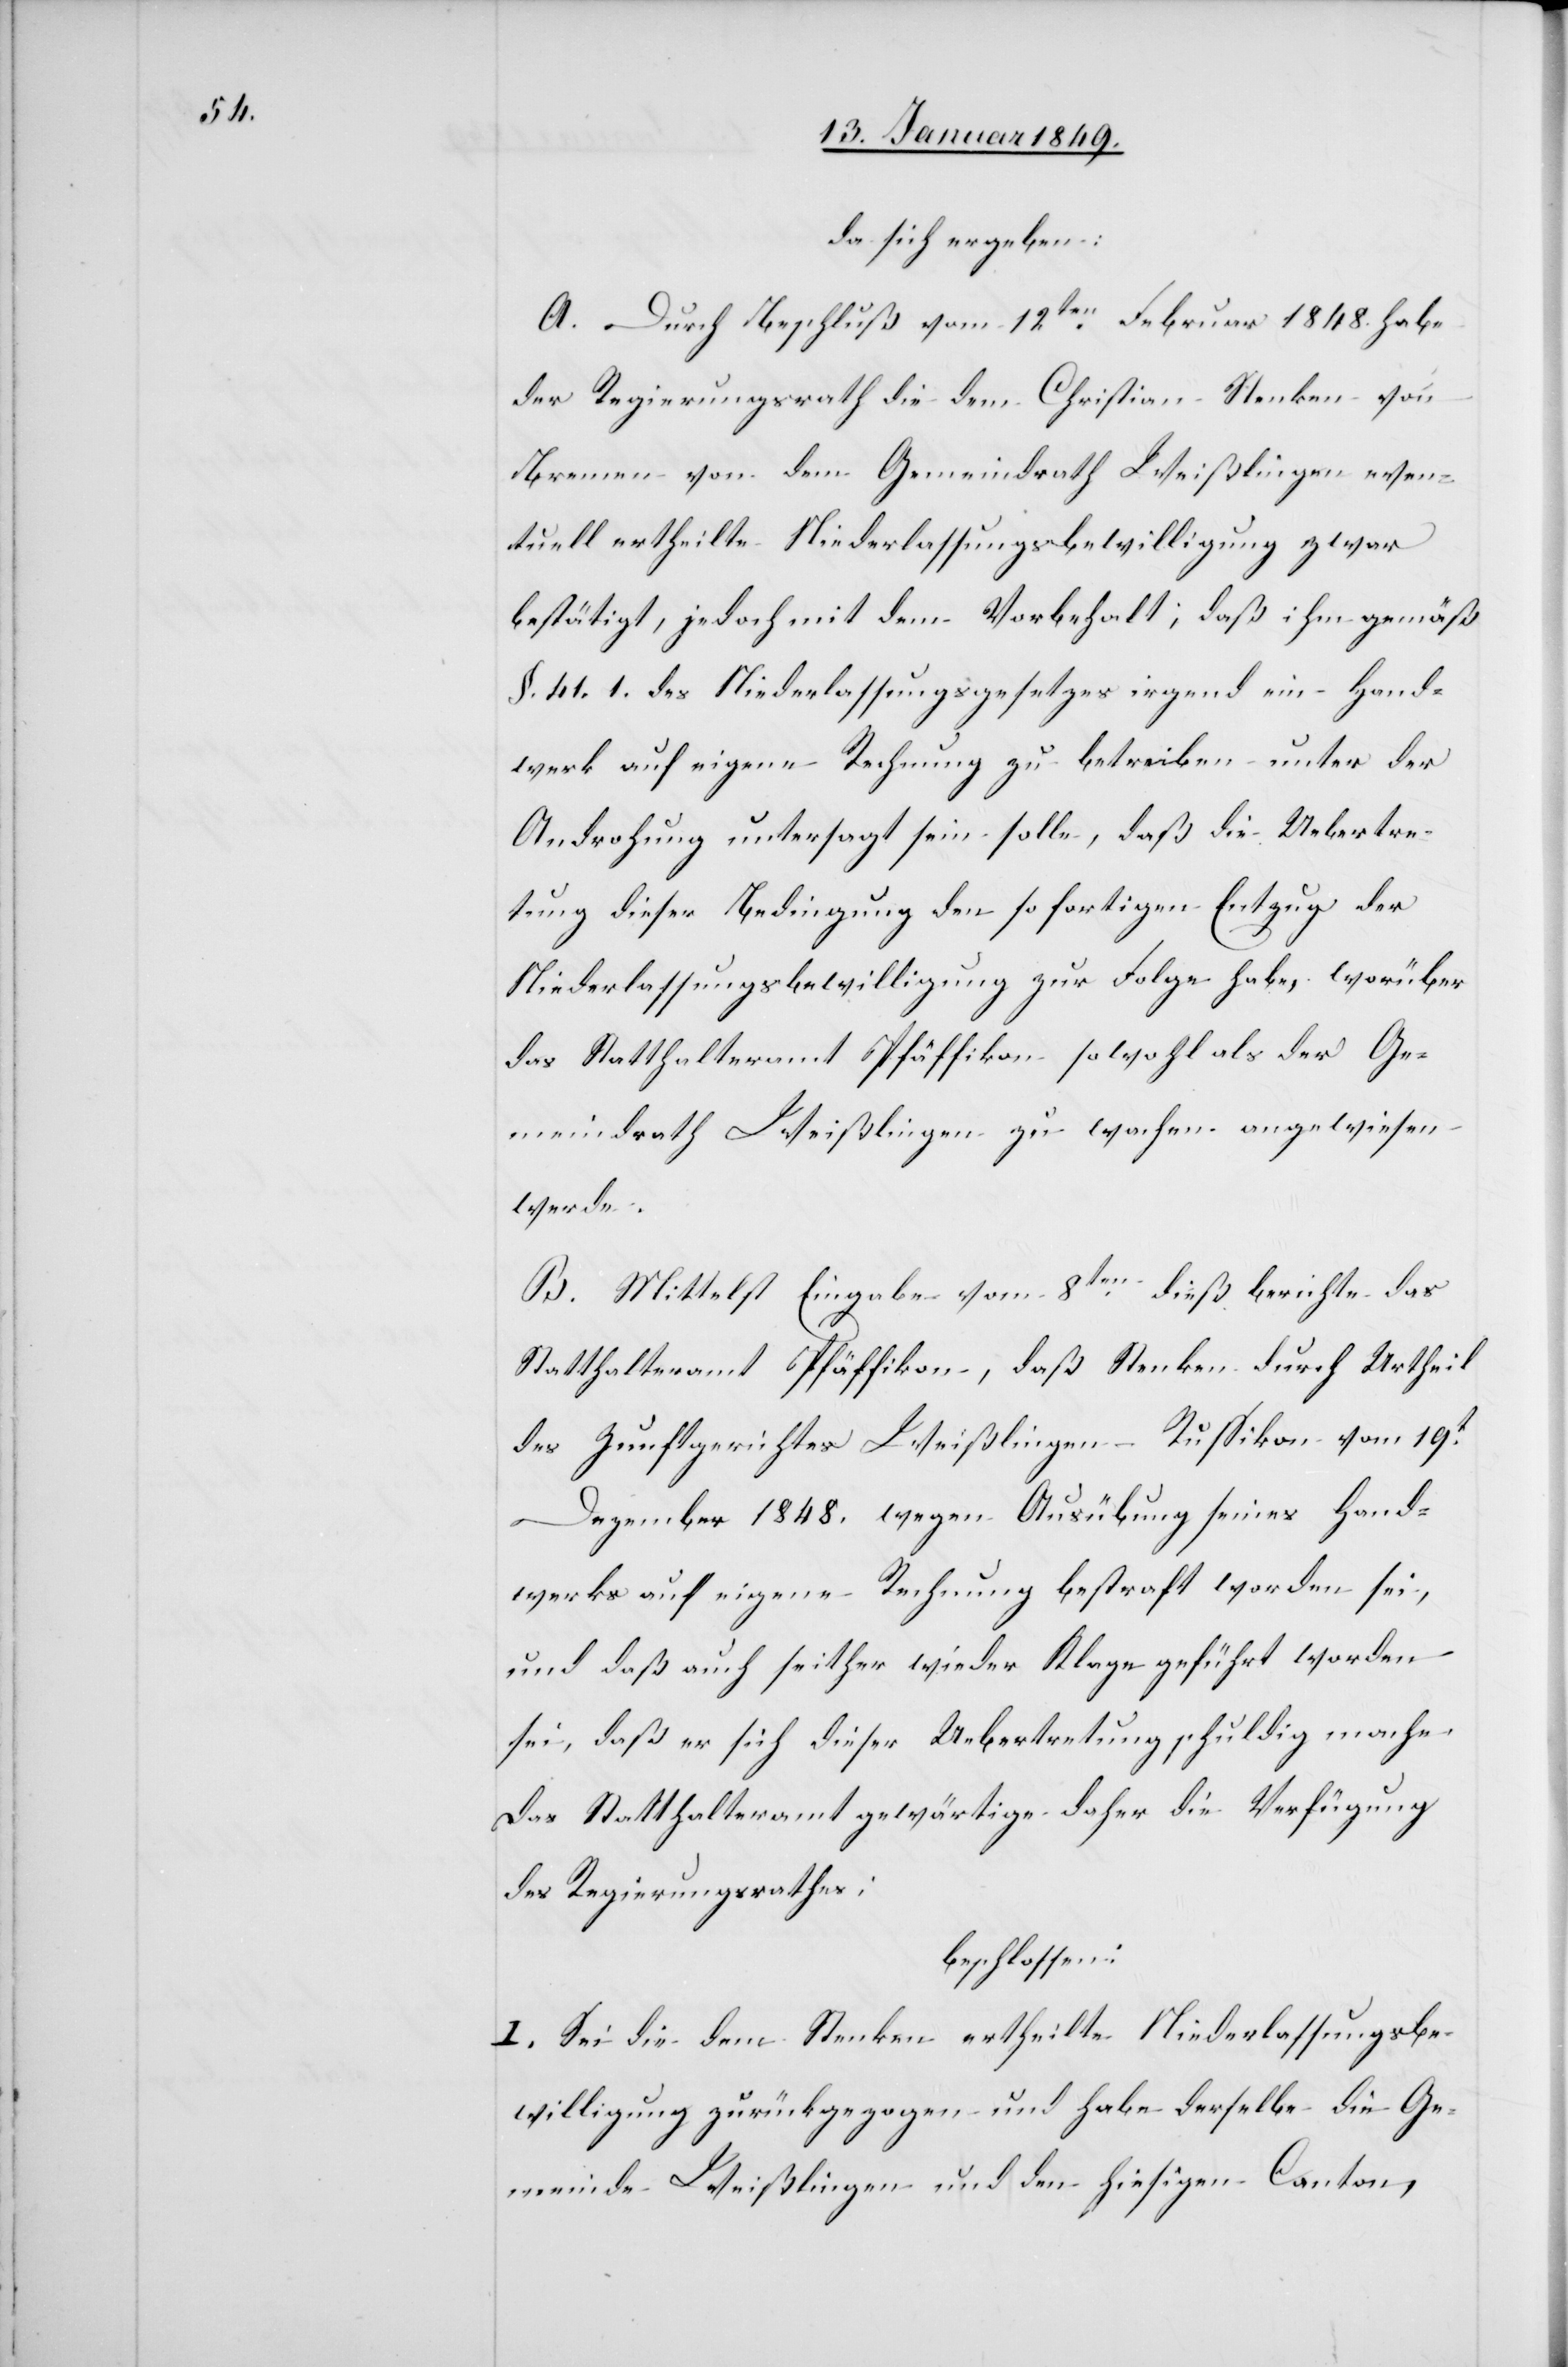
da sich ergeben:
A. Durch Beschluß vom 12ten. Februar 1848. habe
der Regierungsrath die dem Christian Stenken von
Bremen von dem Gemeindrath Weißlingen even¬
tuell ertheilte Niederlassungsbewilligung zwar
bestätigt, jedoch mit dem Vorbehalt; daß ihm gemäß
§. 41. 1. des Niederlassungsgesetzes irgend ein Hand¬
werk auf eigene Rechnung zu betreiben unter der
Androhung untersagt sein solle, daß die Uebertre¬
tung dieser Bedingung den sofortigen Entzug der
Niederlassungsbewilligung zur Folge habe, worüber
das Statthalteramt Pfäffikon sowohl als der Ge¬
meindrath Weißlingen zu wachen angewiesen
werde.
B. Mittelst Eingabe vom 8ten. dieß berichte das
Statthalteramt Pfäffikon, daß Stenken durch Urtheil
des Zunftgerichtes Weißlingen – Rußikon vom 19t.
Dezember 1848. wegen Ausübung seines Hand¬
werks auf eigene Rechnung bestraft worden sei,
und daß auch seither wieder Klage geführt worden
sei, daß er sich dieser Uebertretung schuldig mache.
Das Statthalteramt gewärtige daher die Verfügung
des Regierungsrathes.
beschloßen:
I. Sei die dem Stenken ertheilte Niederlassungsbe¬
willigung zurückgezogen und habe derselbe die Ge¬
meinde Weißlingen und den hiesigen Canton,